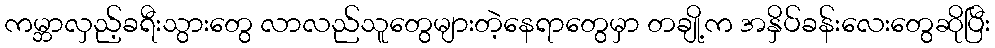
ကမ္ဘာလှည့်ခရီးသွားတွေ လာလည်သူတွေများတဲ့နေရာတွေမှာ တချို့က အနှိပ်ခန်းလေးတွေဆိုပြီး